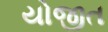
યોજીત